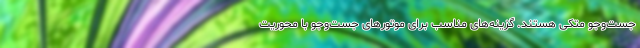
جست‌وجو متکی هستند. گزینه‌های مناسب برای موتورهای جست‌وجو با محوریت